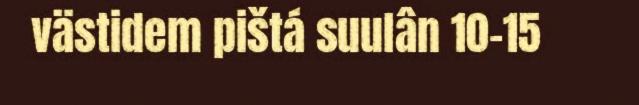
västidem pištá suulân 10-15